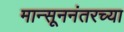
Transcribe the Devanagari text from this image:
मान्सूननंतरच्या